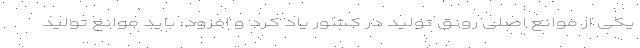
یکی از موانع اصلی رونق تولید در کشور یاد کرد و افزود: باید موانع تولید